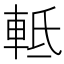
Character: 軧